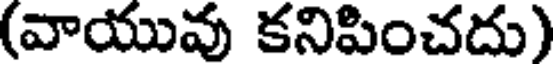
(వాయువు కనిపించదు)